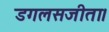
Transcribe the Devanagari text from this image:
डगलसजीता।